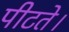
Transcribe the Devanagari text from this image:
पीटते।